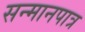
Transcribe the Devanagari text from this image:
सन्‍मानपात्र